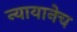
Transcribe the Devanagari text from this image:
न्यायानेच